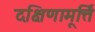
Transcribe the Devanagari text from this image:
दक्षिणामूर्त्ति